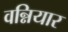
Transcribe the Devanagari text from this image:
वन्नियार